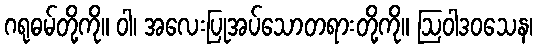
ဂရုဓမ်တို့ကို။ ဝါ၊ အလေးပြုအပ်သောတရားတို့ကို။ ဩဝါဒဝသေန၊